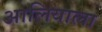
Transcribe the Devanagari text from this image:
आलियाला